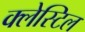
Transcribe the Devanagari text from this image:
क्लेस्टिल